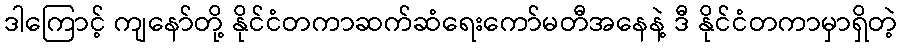
ဒါကြောင့် ကျနော်တို့ နိုင်ငံတကာဆက်ဆံရေးကော်မတီအနေနဲ့ ဒီ နိုင်ငံတကာမှာရှိတဲ့